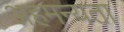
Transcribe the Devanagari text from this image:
अहमन्यता